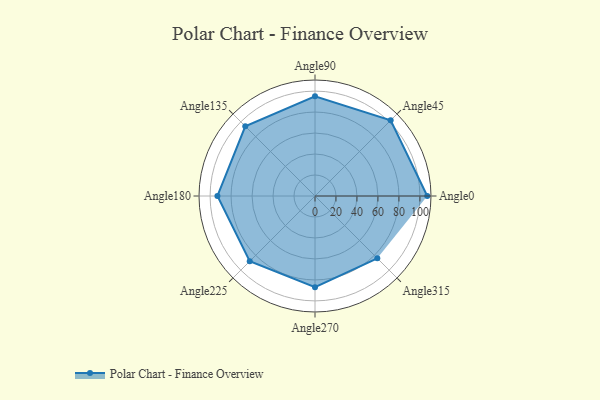
{"axis": {"x": "Angle", "y": "Radius"}, "legend": [""], "data": [{"x": "Angle0", "y": 107.0, "type": ""}, {"x": "Angle45", "y": 102.0, "type": ""}, {"x": "Angle90", "y": 95.0, "type": ""}, {"x": "Angle135", "y": 94.0, "type": ""}, {"x": "Angle180", "y": 93.0, "type": ""}, {"x": "Angle225", "y": 88.0, "type": ""}, {"x": "Angle270", "y": 87.0, "type": ""}, {"x": "Angle315", "y": 84.0, "type": ""}]}